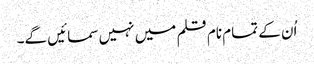
اُن کے تمام نام قلم میں نہیں سمائیں گے۔